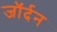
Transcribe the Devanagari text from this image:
जॉर्दन